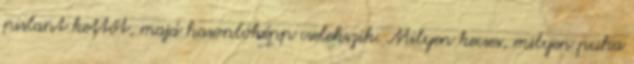
pislant kettőt, majd hasonlóképp cselekszik. Milyen kecses, milyen puha